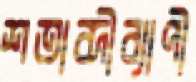
শতাব্দীব্যাপী